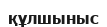
құлшыныс